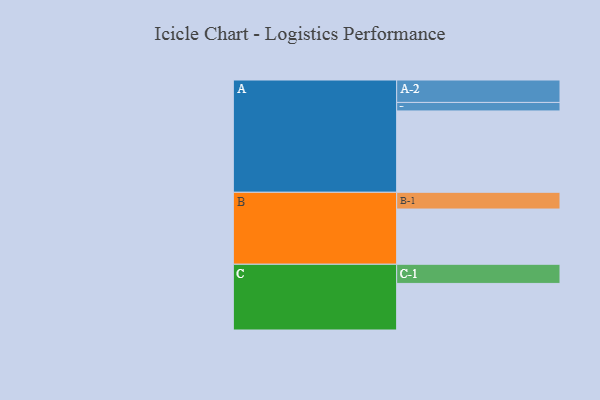
{"axis": {"x": "Segment", "y": "Value"}, "legend": ["", "A", "B", "C"], "data": [{"x": "A", "y": 573, "type": ""}, {"x": "B", "y": 389, "type": ""}, {"x": "C", "y": 328, "type": ""}, {"x": "A-1", "y": 60, "type": "A"}, {"x": "A-2", "y": 158, "type": "A"}, {"x": "B-1", "y": 118, "type": "B"}, {"x": "C-1", "y": 135, "type": "C"}]}